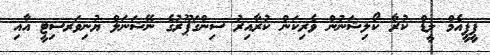
ޕީޕީއެމް ލީޑް ކުރާ ކޯލިޝަނުން ވެރިކަން ކުރާއިރު ސިންގަޕޫރުގެ ނޭޝަނަލް ޔުނިވަރސިޓީ އާއި